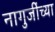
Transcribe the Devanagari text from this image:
नागुजींच्या